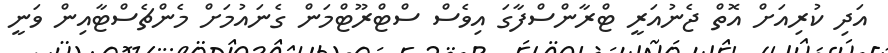
އަދި ކުރިއަށް އޮތް ޖެނުއަރީ ޓްރާންސްފާގަ އިވެސް ސްޓްރޫޓްމަން ގެނައުމަށް މެންޗެސްޓާއިން ވަނީ